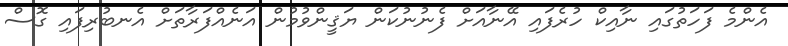
އެންމެ ފަހަތުގައި ނާއިކް ހުރެފައި އޭނާއަށް ފެނުނުކަން ޔަޤީންވުމުން އަނެއްފަރާތަށް އެނބުރިފައި ގޮސް